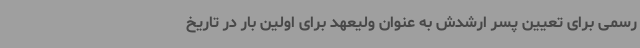
رسمی برای تعیین پسر ارشدش به عنوان ولیعهد برای اولین بار در تاریخ